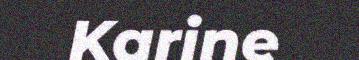
Karine